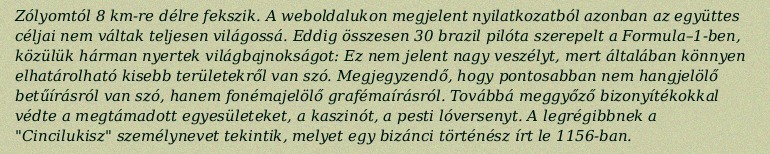
Zólyomtól 8 km-re délre fekszik. A weboldalukon megjelent nyilatkozatból azonban az együttes céljai nem váltak teljesen világossá. Eddig összesen 30 brazil pilóta szerepelt a Formula–1-ben, közülük hárman nyertek világbajnokságot: Ez nem jelent nagy veszélyt, mert általában könnyen elhatárolható kisebb területekről van szó. Megjegyzendő, hogy pontosabban nem hangjelölő betűírásról van szó, hanem fonémajelölő grafémaírásról. Továbbá meggyőző bizonyítékokkal védte a megtámadott egyesületeket, a kaszinót, a pesti lóversenyt. A legrégibbnek a "Cincilukisz" személynevet tekintik, melyet egy bizánci történész írt le 1156-ban.